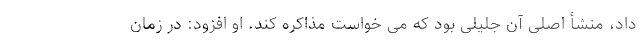
داد، منشأ اصلی آن جلیلی بود که می خواست مذاکره کند. او افزود: در زمان